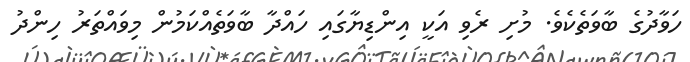
ހަވާދުގެ ބާވަތެކެވެ. މުށި ރެވި އަކީ އިންޑިޔާގައި ހައްދާ ބާވަތެއްކަމުން މިވައްތަރު ހިންދު